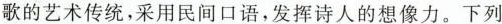
歌的艺术传统，采用民间口语，发挥诗人的想像力。下列